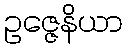
ဥဇ္ဇေနိယာ